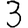
Digit: 3